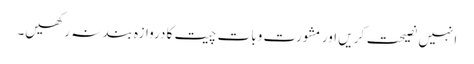
انہیں نصیحت کریں اور مشورت وبات چیت کا دروازہ بند نہ رکھیں۔